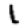
Digit: 1